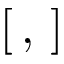
[ \, , \, ]